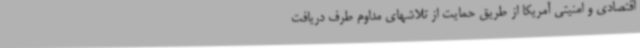
اقتصادی و امنیتی آمریکا از طریق حمایت از تلاشهای مداوم طرف دریافت